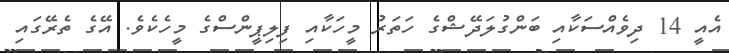
އެއީ 14 ދިވެއްސަކާއި ބަންގުލަދޭޝްގެ ހަތަރު މީހަކާއި ފިލިޕީންސްގެ މީހެކެވެ. އޭގެ ތެރޭގައި